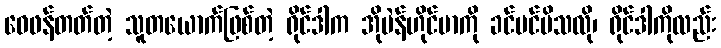
ဝေဖန်တတ်တဲ့ သူတယောက်ဖြစ်တဲ့ ရိုင်ဒါက အိုပဲန်ဟိုင်မာကို ခင်မင်မိသလို၊ ရိုင်ဒါကိုလည်း